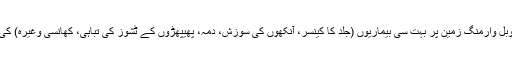
بڑھتی ہوئی گلوبل وارمنگ زمین پر بہت سی بیماریوں (جلد کا کینسر، آنکھوں کی سوزش، دمہ، پھیپھڑوں کے ٹشوز کی تباہی، کھانسی وغیرہ) کی وجہ بھی ہے۔